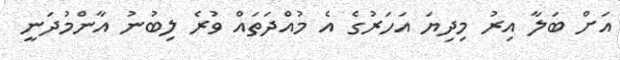
އަށް ބަލާ އިރު މިދިޔަ އަހަރުގެ އެ މުއްދަތައް ވުރެ ލިބުނު އާންމުދަނީ